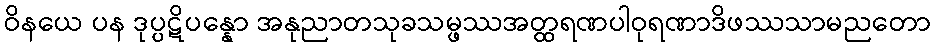
ဝိနယေ ပန ဒုပ္ပဋိပန္နော အနုညာတသုခသမ္ဖဿအတ္ထရဏပါဝုရဏာဒိဖဿသာမညတော